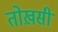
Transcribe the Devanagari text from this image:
तोख़सी